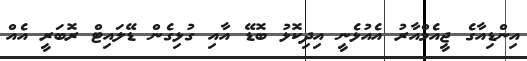
އިންޑިއާގެ ޖީއެމްއާރު އެއުޅެނީ އިދިކޮޅު ބޮޑޭ އާއި ގުޅިގެން ޑޭލައިޓް ރޮބަރީ އެއް